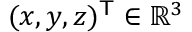
( x , y , z ) ^ { \mathsf { T } } \in \mathbb { R } ^ { 3 } \,